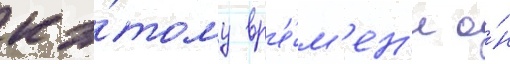
к э́тому вр'е́м'ен'и о́н